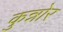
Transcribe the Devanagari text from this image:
कुन्नोर